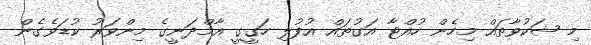
މި ޝަކުވާތައް މިހެން ހުއްޓާ އަގުތައް އުފުލި ހަގީގީ އާމްދަނީގެ މިންވަރު ކުޑަވެގެން